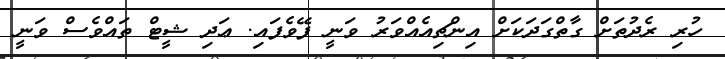
ހުރި ރެދުތަށް ގާތްގަދަކަށް އިންޗިއެއްވަރު ވަނީ ފޭވެފައި. ޢަދި ޝީޓް ތައްްވެސް ވަނީ